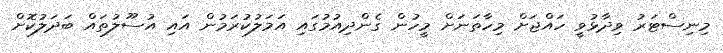
މިނިސްޓަރު ވިދާޅުވީ ހައްޖަށް މިހާތަނަށް މީހުން ގެންދިއުމުގައި އަމަލުކުރަމުން އައި އުސޫލުތައް ބަދަލުކޮށް